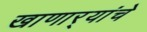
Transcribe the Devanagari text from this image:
खाणार्‍यांचे